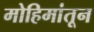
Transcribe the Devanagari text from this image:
मोहिमांतून